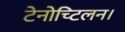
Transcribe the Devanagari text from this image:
टेनोच्टिलन।